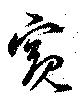
窺